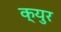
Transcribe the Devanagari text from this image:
क्युर